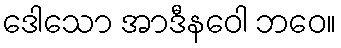
ဒေါသော အာဒီနဝေါ ဘဝေ။